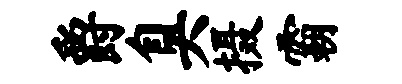
爵臭摄霸